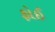
ફોઈ